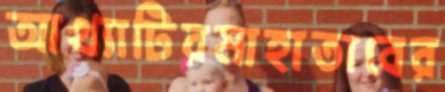
আখ্যাটিরমাহাতাবের